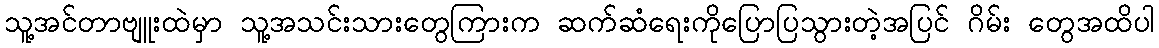
သူ့အင်တာဗျူးထဲမှာ သူ့အသင်းသားတွေကြားက ဆက်ဆံရေးကိုပြောပြသွားတဲ့အပြင် ဂိမ်း တွေအထိပါ